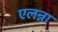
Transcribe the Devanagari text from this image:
एलन्ना